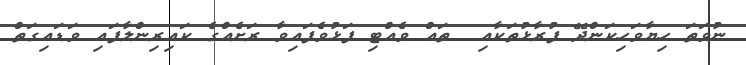
ނުވަތަ ހިޔާވަހިކަންދޭ ފުރާޅުތަކާއި  ތައް ވެއްޓި ފަޅުވެފައިވާ ރަށެއްގެ ކައިރިންލާފައި ވަޑައިގަތް